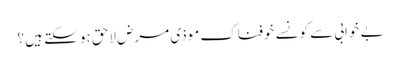
بے خوابی سے کونسے خوفناک موذی مرض لاحق ہو سکتے ہیں ؟